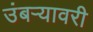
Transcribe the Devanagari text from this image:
उंबर्‍यावरी